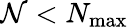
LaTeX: \mathcal{N}<N_{\operatorname*{max}}